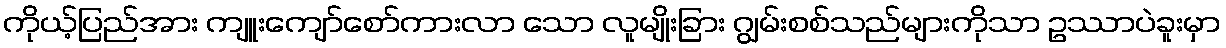
ကိုယ့်ပြည်အား ကျူးကျော်စော်ကားလာ သော လူမျိုးခြား ဂျွမ်းစစ်သည်များကိုသာ ဥဿာပဲခူးမှာ